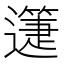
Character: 𨘉